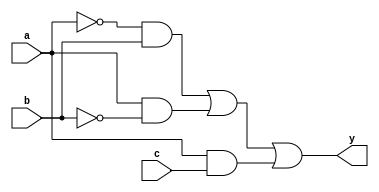
module CombLogicBlock (
    input wire a,        // Input variable a
    input wire b,        // Input variable b
    input wire c,        // Input variable c
    output wire y        // Output variable y
);

// Minimized Logic Expression
// This is an example expression that has been minimized using Boolean algebra and K-map
// Example: y = a'b + ab' + ac
assign y = (~a & b) | (a & ~b) | (a & c);

endmodule